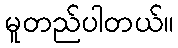
မူတည်ပါတယ်။